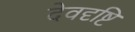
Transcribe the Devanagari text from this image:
देवदृष्टि